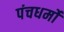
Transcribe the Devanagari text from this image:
पंचधर्मों